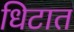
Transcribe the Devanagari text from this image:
धिटात